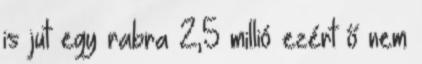
is jut egy rabra 2,5 millió ezért ő nem